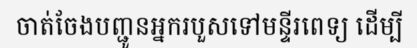
ចាត់ចែងបញ្ជូនអ្នករបួសទៅមន្ទីរពេទ្យ ដើម្បី